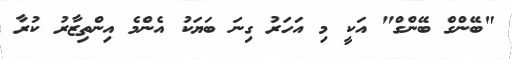
"ބޭންގް ބޭންގް" އަކީ މި އަހަރު ގިނަ ބަޔަކު އެންމެ އިންތިޒާރު ކުރާ